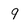
Character: 9